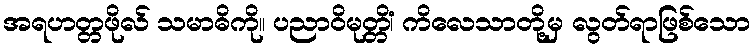
အရဟတ္တဖိုလ် သမာဓိကို။ ပညာဝိမုတ္တိံ၊ ကိလေသာတို့မှ လွတ်ရာဖြစ်သော